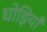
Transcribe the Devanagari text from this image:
घोड़ियाँ